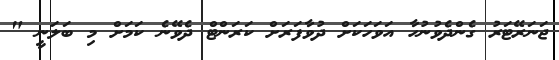
ޖަނަރޭޓަރު ގެންދެވުނުހާ އަވަހަކަށް ދުވާފަރަށް ކަރަންޓް ދެވޭނެ ކަމަށް މި ބަލަނީ "